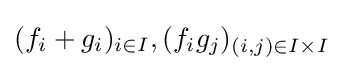
(f_{i}+g_{i})_{i\in I},(f_{i}g_{j})_{(i,j)\in I\times I}